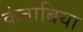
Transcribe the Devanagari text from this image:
कंताब्रिया